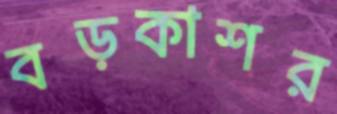
বড়কাশর